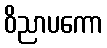
ဝိညာပကော